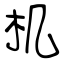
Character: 机